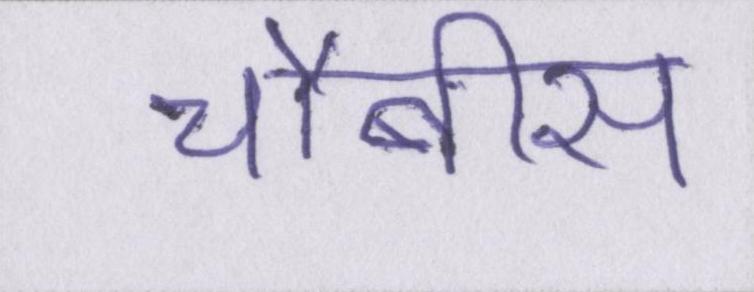
चौबीस